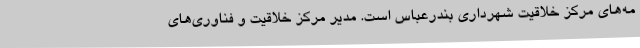
مه‌های مرکز خلاقیت شهرداری بندرعباس است. مدیر مرکز خلاقیت و فناوری‌های